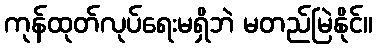
ကုန်ထုတ်လုပ်ရေးမရှိဘဲ မတည်မြဲနိုင်။